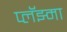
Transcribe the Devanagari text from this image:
प्लॅझ्मा